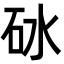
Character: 砅